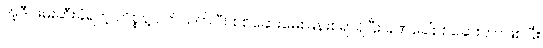
အဲ့ဒီ ဖမ်းဆီးခံရတဲ့ ကိစ္စနဲ့ ပတ်သက်ပြီး စစ်ဆေးမေးမြန်းစရာရှိပြီး ခဏခေါ်စစ်ဆေးတာဖြစ်ပြီး